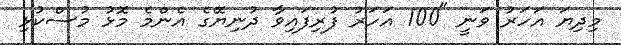
މިދިޔަ އަހަރު ވަނީ "100 އަހަރު ފުރިފައިވާ ދުނިޔޭގެ އެންމެ މޮޅު މުސްކުޅި